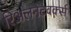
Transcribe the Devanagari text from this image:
रिअलनेटवर्क्स